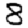
Digit: 8